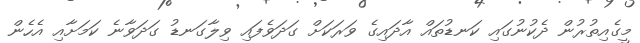
މީގެއިތުރުން ދެކުނުގައި ކަނޑުތައް އާދައިގެ ވަރަކަށް ގަދަވެފައި ވިލާގަނޑު ގަދަވާނެ ކަމަށާއި އެހެން